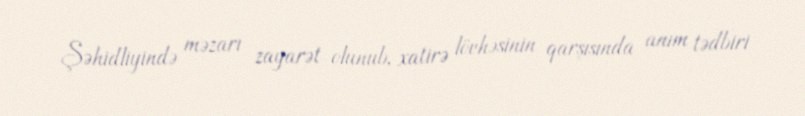
Şəhidliyində məzarı zayarət olunub, xatirə lövhəsinin qarşısında anım tədbiri